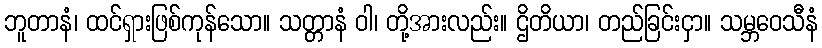
ဘူတာနံ၊ ထင်ရှားဖြစ်ကုန်သော။ သတ္တာနံ ဝါ၊ တို့အားလည်း။ ဌိတိယာ၊ တည်ခြင်းငှာ။ သမ္ဘဝေသီနံ